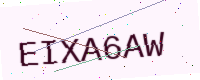
Text: EIXA6AW